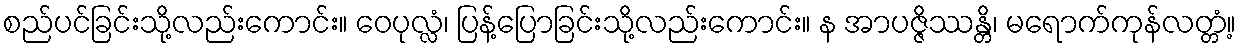
စည်ပင်ခြင်းသို့လည်းကောင်း။ ဝေပုလ္လံ၊ ပြန့်ပြောခြင်းသို့လည်းကောင်း။ န အာပဇ္ဇိဿန္တိ၊ မရောက်ကုန်လတ္တံ့။